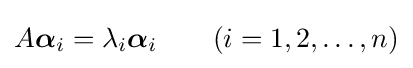
A{\boldsymbol {\alpha }}_{i}=\lambda _{i}{\boldsymbol {\alpha }}_{i}\qquad (i=1,2,\dots ,n)